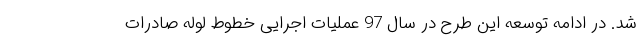
شد. در ادامه توسعه این طرح در سال 97 عملیات اجرایی خطوط لوله صادرات